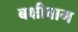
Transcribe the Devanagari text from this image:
बक्षीबाग